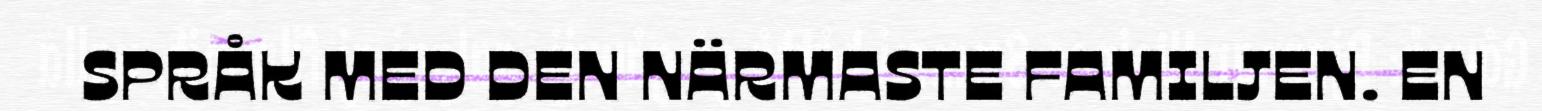
SPRÅK MED DEN NÄRMASTE FAMILJEN. EN